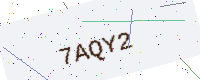
Text: 7AQY2